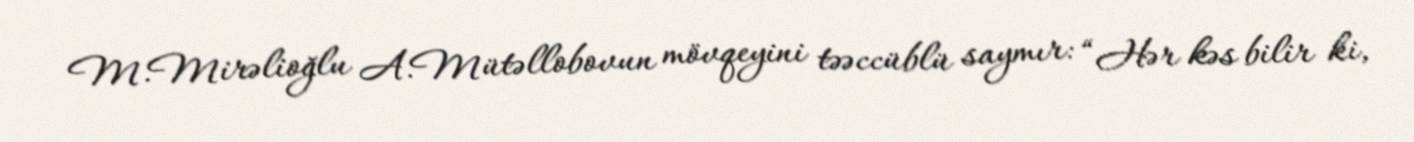
M.Mirəlioğlu A.Mütəllobovun mövqeyini təəccüblü saymır: “Hər kəs bilir ki,